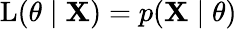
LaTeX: \operatorname{L}(\theta\mid\mathbf{X})=p(\mathbf{X}\mid\theta)